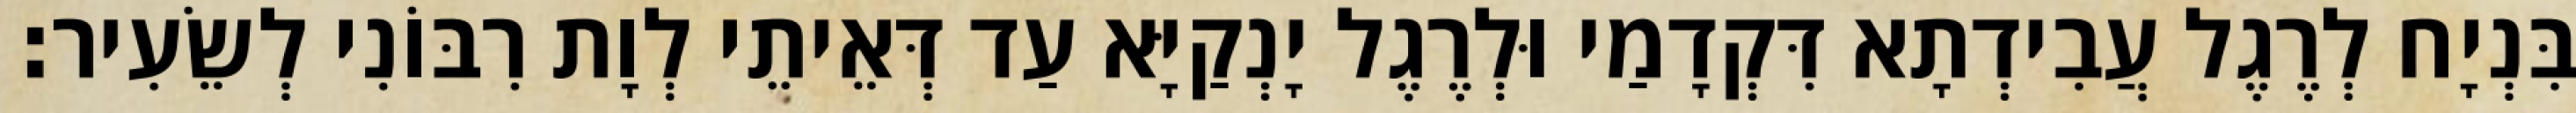
בִּנְיָח לְרֶגֶל עֲבִידְתָא דִּקְדָמַי וּלְרֶגֶל יָנְקַיָּא עַד דְּאֵיתֵי לְוָת רִבּוֹנִי לְשֵׂעִיר׃